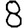
Digit: 8